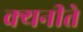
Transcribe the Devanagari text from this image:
क्यनीते